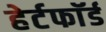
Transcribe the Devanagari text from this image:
हेर्टफाॅर्ड